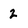
Character: 2